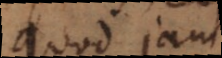
quod ja